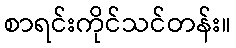
စာရင်းကိုင်သင်တန်း။